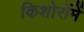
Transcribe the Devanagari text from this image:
किशोरोंमें